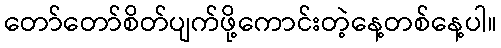
တော်တော်စိတ်ပျက်ဖို့ကောင်းတဲ့နေ့တစ်နေ့ပါ။